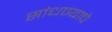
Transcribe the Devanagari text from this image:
सांधण्याचे